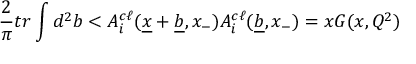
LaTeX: { \frac { 2 } { \pi } } t r \int d ^ { 2 } b < A _ { i } ^ { c \ell } ( \underline { { { x } } } + \underline { { { b } } } , x _ { - } ) A _ { i } ^ { c \ell } ( \underline { { { b } } } , x _ { - } ) = x G ( x , Q ^ { 2 } )